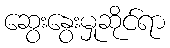
ဆွေးနွေးမှုဆိုင်ရာ